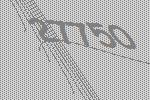
27750